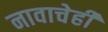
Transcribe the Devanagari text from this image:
नावाचेही